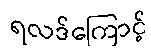
ရလဒ်ကြောင့်